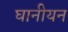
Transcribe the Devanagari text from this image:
घानीयन